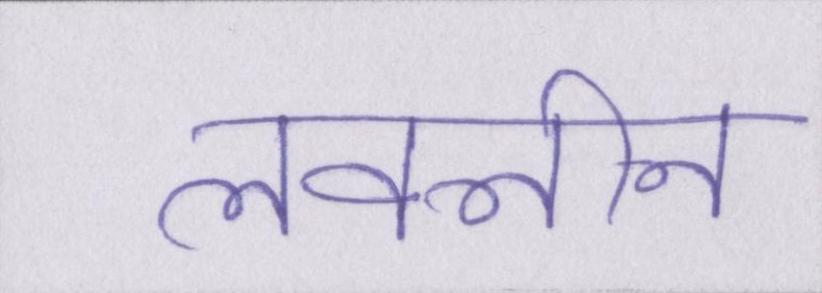
लवलीन